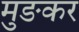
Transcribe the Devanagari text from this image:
मुङकर